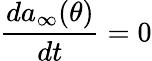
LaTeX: \frac{da_{\infty}(\theta)}{dt}=0